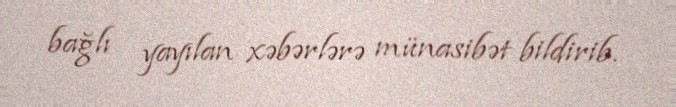
bağlı yayılan xəbərlərə münasibət bildirib.